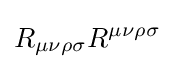
R_{\mu \nu \rho \sigma }R^{\mu \nu \rho \sigma }